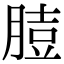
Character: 䐍